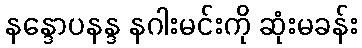
နန္ဒောပနန္ဒ နဂါးမင်းကို ဆုံးမခန်း